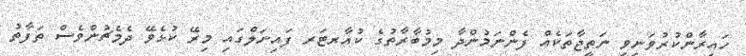
ހައިރާންކުރުވަނިވި ނަތީޖާތަކެއް ފެންނަމުންދާ މިމުބާރާތުގެ ކުއާރޓަރ ފައިނަލްގައި މިރޭ ކުޅެވޭ ދެމެޗުންވެސް ތަފާތު